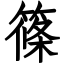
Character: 篠